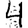
Digit: 4